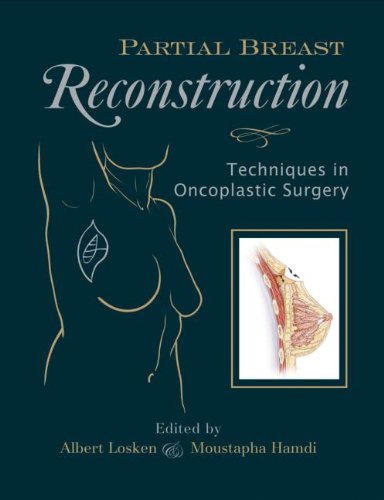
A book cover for Partial Breast Reconstruction: Techniques in Oncoplastic Surgery; Health, Fitness & Dieting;